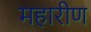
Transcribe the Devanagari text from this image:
महारीण